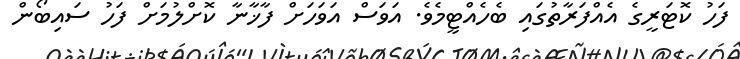
ފަހު ކޮޓަރީގެ އެއްފަރާތުގައި ބެހެއްޓީމެވެ. އަވަސް އަވަހަށް ފާޚާނާ ކޮށްލުމަށް ފަހު ސައިބޯން